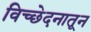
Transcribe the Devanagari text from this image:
विच्छेदनातून